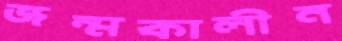
জন্মকালীন